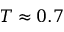
T \approx 0 . 7